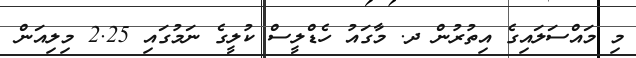
މި މައްސަލައިގެ އިތުރުން ދ. މާގައު ހެޑްލީސް ކުލީގެ ނަމުގައި 2.25 މިލިއަން